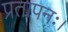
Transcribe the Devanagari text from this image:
प्रतापनः।